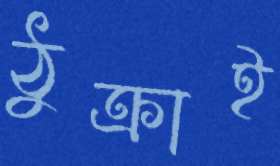
ঠুক্‌রাই